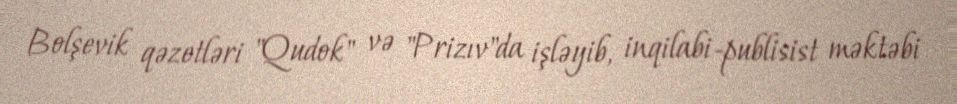
Bolşevik qəzetləri "Qudok" və "Prizıv"da işləyib, inqilabi-publisist məktəbi